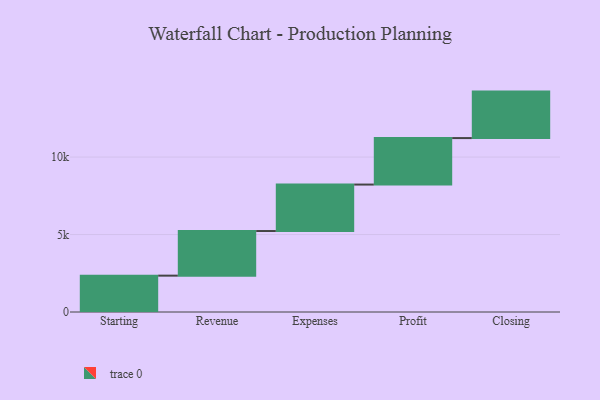
{"axis": {"x": "Step", "y": "Value"}, "legend": [""], "data": [{"x": "Starting", "y": 2346.0, "type": ""}, {"x": "Revenue", "y": 2880.0, "type": ""}, {"x": "Expenses", "y": 3000, "type": ""}, {"x": "Profit", "y": 3000, "type": ""}, {"x": "Closing", "y": 3000, "type": ""}]}